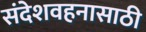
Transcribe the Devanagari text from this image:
संदेशवहनासाठी